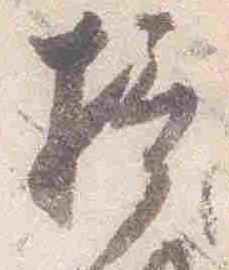
摂